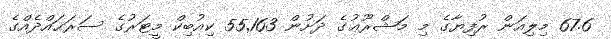
67.6 މިލިއަން ރުފިޔާގެ މި މަޝްރޫޢުގެ ދަށުން 55